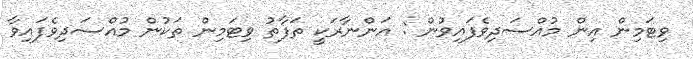
ވިޓަމިން އިން މުއްސަދިވެފައިވުން : އަންނާރަކީ ތަފާތު ވިޓަމިން ތަކުން މުއްސަދިވެފައިވާ